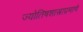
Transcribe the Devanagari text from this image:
ज्योतिषशास्त्राप्रमाणे